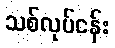
သစ်လုပ်ငန်း